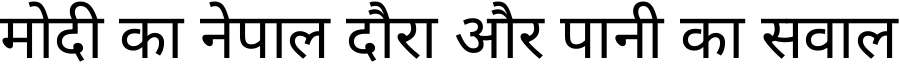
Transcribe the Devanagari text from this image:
मोदी का नेपाल दौरा और पानी का सवाल